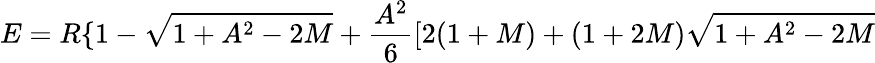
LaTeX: E=R\{ 1-\sqrt{1+A^{2}-2M}+\frac{A^{2}}{6}[2(1+M)+(1+2M)\sqrt{1+A^{2}-2M}